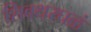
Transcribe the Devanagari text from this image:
शिवथरघळं